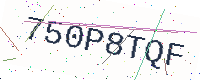
Text: 750P8TQF